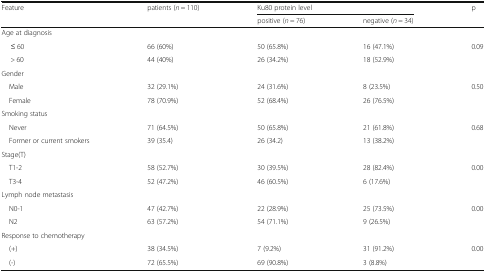
| <ROWSPAN=2> Feature | <ROWSPAN=2> patients (n = 110) | <COLSPAN=2> Ku80 protein level | <ROWSPAN=2> p |
 | positive (n = 76) | negative (n = 34) |
 | --- | --- | --- | --- | --- |
 | <COLSPAN=5> Age at diagnosis |
 | ≤ 60 | 66 (60%) | 50 (65.8%) | 16 (47.1%) | <ROWSPAN=2> 0.09 |
 | > 60 | 44 (40%) | 26 (34.2%) | 18 (52.9%) |
 | <COLSPAN=5> Gender |
 | Male | 32 (29.1%) | 24 (31.6%) | 8 (23.5%) | <ROWSPAN=2> 0.50 |
 | Female | 78 (70.9%) | 52 (68.4%) | 26 (76.5%) |
 | <COLSPAN=5> Smoking status |
 | Never | 71 (64.5%) | 50 (65.8%) | 21 (61.8%) | <ROWSPAN=2> 0.68 |
 | Former or current smokers | 39 (35.4) | 26 (34.2) | 13 (38.2%) |
 | <COLSPAN=5> Stage(T) |
 | T1-2 | 58 (52.7%) | 30 (39.5%) | 28 (82.4%) | <ROWSPAN=2> 0.00 |
 | T3-4 | 52 (47.2%) | 46 (60.5%) | 6 (17.6%) |
 | <COLSPAN=5> Lymph node metastasis |
 | N0-1 | 47 (42.7%) | 22 (28.9%) | 25 (73.5%) | <ROWSPAN=2> 0.00 |
 | N2 | 63 (57.2%) | 54 (71.1%) | 9 (26.5%) |
 | <COLSPAN=5> Response to chemotherapy |
 | (+) | 38 (34.5%) | 7 (9.2%) | 31 (91.2%) | <ROWSPAN=2> 0.00 |
 | (-) | 72 (65.5%) | 69 (90.8%) | 3 (8.8%) |